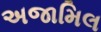
અજામિલ